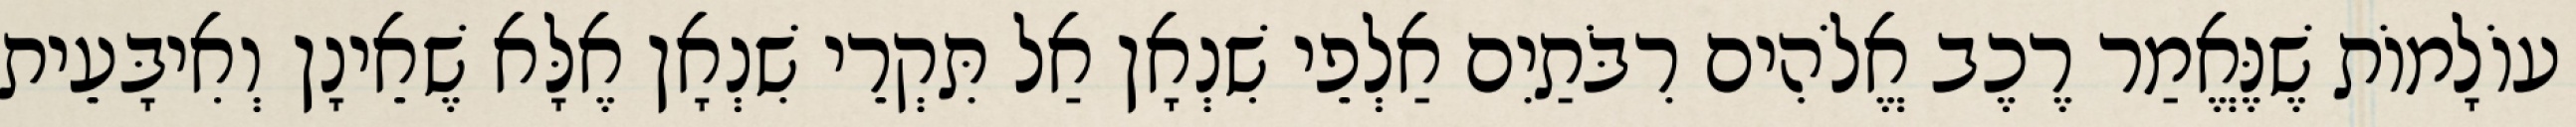
עוֹלָמוֹת שֶׁנֶּאֱמַר רֶכֶב אֱלֹהִים רִבֹּתַיִם אַלְפֵי שִׁנְאָן אַל תִּקְרֵי שִׁנְאָן אֶלָּא שֶׁאֵינָן וְאִיבָּעֵית